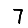
Digit: 7